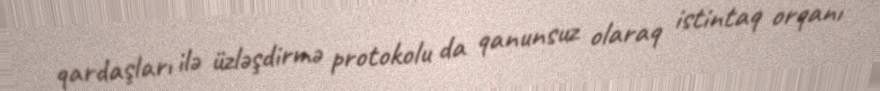
qardaşları ilə üzləşdirmə protokolu da qanunsuz olaraq istintaq orqanı